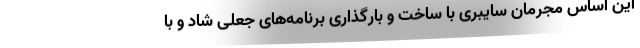
این اساس مجرمان سایبری با ساخت و بارگذاری برنامه‌های جعلی شاد و با